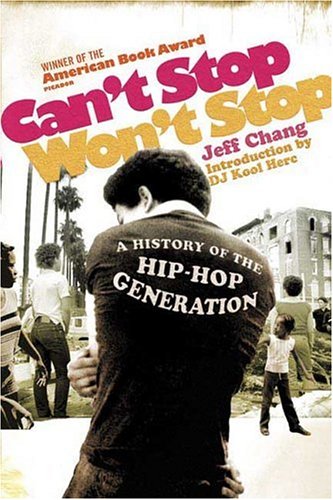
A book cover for Can't Stop Won't Stop: A History of the Hip-Hop Generation; Jeff Chang; Humor & Entertainment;